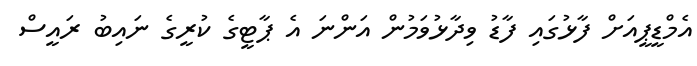
އެމްޑީޕީއަށް ފާޅުގައި ފާޑު ވިދާޅުވަމުން އަންނަ އެ ޕާޓީގެ ކުރީގެ ނައިބު ރައީސް